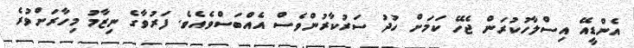
އެންޑީއޭ އިސްލާހުކުރަން ޖެހޭ ކަމަށް ހުދު ސަރުކާރުންވެސް އެއްބަސްވެއެވެ. ފަރުވާގެ ނިޒާމު މިހާރަށްވުރެ